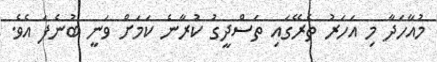
މުއާހަދާ މި އަހަރު ތެރޭގައި ތަސްދީގު ކުރާނެ ކަމަށް ވަނީ ބުނެފަ އެވެ.